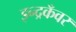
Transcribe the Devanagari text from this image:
इन्द्रकँवर